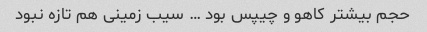
حجم بیشتر کاهو و چیپس بود … سیب زمینی هم تازه نبود